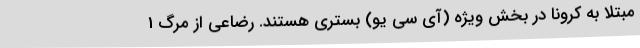
مبتلا به کرونا در بخش ویژه (آی سی یو) بستری هستند. رضاعی از مرگ 1